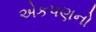
એકપણનો